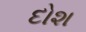
દોશ